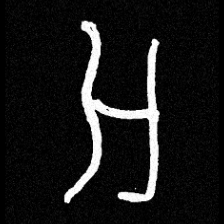
Pyu character \u2014 Myanmar letter: အ (romanized: a)